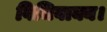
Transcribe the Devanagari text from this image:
विधिवाक्य।